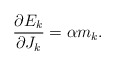
\begin{align*}\frac{\partial E_k}{\partial J_k}=\alpha m_k.\end{align*}